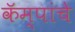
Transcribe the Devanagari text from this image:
कॅम्पांचे